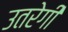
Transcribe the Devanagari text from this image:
उतरेगी